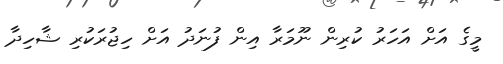
މީގެ އަށް އަހަރު ކުރިން ނޫމަރާ އިން ފުނަދު އަށް ހިޖުރަކުރި ޝާހިދާ